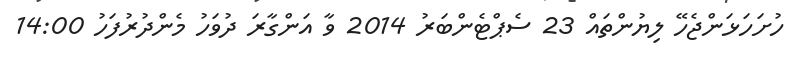
ހުށަހަޅަންޖެހޭ ލިޔުންތައް 23 ސެޕްޓެންބަރު 2014 ވާ އަންގާރަ ދުވަހު މެންދުރުފަހު 14:00